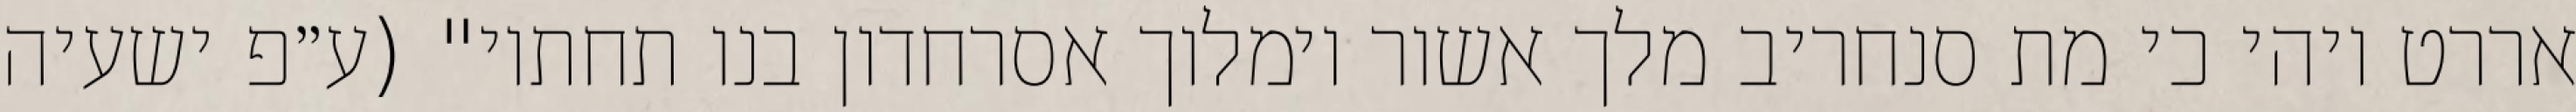
אררט ויהי כי מת סנחריב מלך אשור וימלוך אסרחדון בנו תחתיו" (ע״פ ישעיה